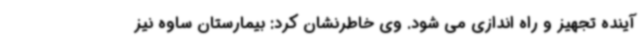
آینده تجهیز و راه اندازی می شود. وی خاطرنشان کرد: بیمارستان ساوه نیز